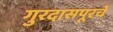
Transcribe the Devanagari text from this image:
गुरदासपूरचे